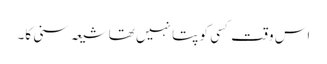
اس وقت کسی کو پتا نہیں تھا شیعہ سنی کا۔